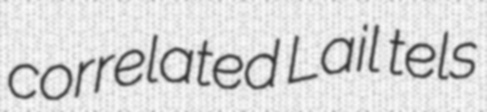
correlated Lail tels